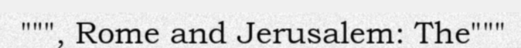
""", Rome and Jerusalem: The"""